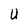
Character: U